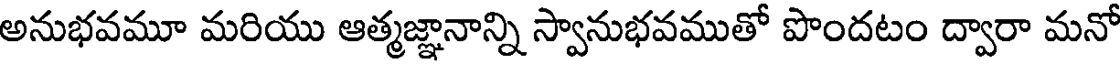
అనుభవమూ మరియు ఆత్మజ్ఞానాన్ని స్వానుభవముతో పొందటం ద్వారా మనో